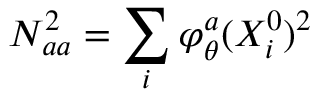
N _ { a a } ^ { 2 } = \sum _ { i } \varphi _ { \theta } ^ { a } ( X _ { i } ^ { 0 } ) ^ { 2 }